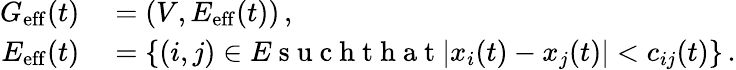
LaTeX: \begin{array}{rl}{G_{\mathrm{eff}}(t)}&{{}=(V,E_{\mathrm{eff}}(t))\, ,}\\ {E_{\mathrm{eff}}(t)}&{{}=\{ (i,j)\in E\mathrm{~s~u~c~h~t~h~a~t~}|x_{i}(t)-x_{j}(t)|<c_{ij}(t)\} \, .}\end{array}